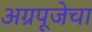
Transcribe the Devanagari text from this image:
अग्रपूजेचा